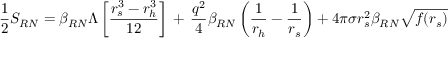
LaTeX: \frac { 1 } { 2 } { \cal S } _ { R N } = \beta _ { R N } \Lambda \left[ \frac { r _ { s } ^ { 3 } - r _ { h } ^ { 3 } } { 1 2 } \right] \, + \, \frac { q ^ { 2 } } { 4 } \beta _ { R N } \left( \frac { 1 } { r _ { h } } - \frac { 1 } { r _ { s } } \right) + 4 \pi \sigma r _ { s } ^ { 2 } \beta _ { R N } \sqrt { f ( r _ { s } ) }